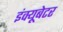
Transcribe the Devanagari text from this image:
इंक्यूबेटर